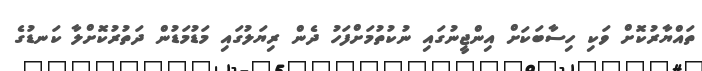
ތައްޔާރުކޮށް ވަކި ހިސާބަކަށް އިންޖީނުގައި ނުކުތުމަށްފަހު ދެން ރިޔަލުގައި މަޑުމަޑުން ދަތުރުކޮށްލާ ކަނޑުގެ